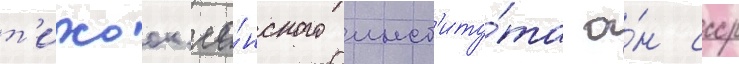
т'ихоок'еа́нского инст'иту́та а́н ссср